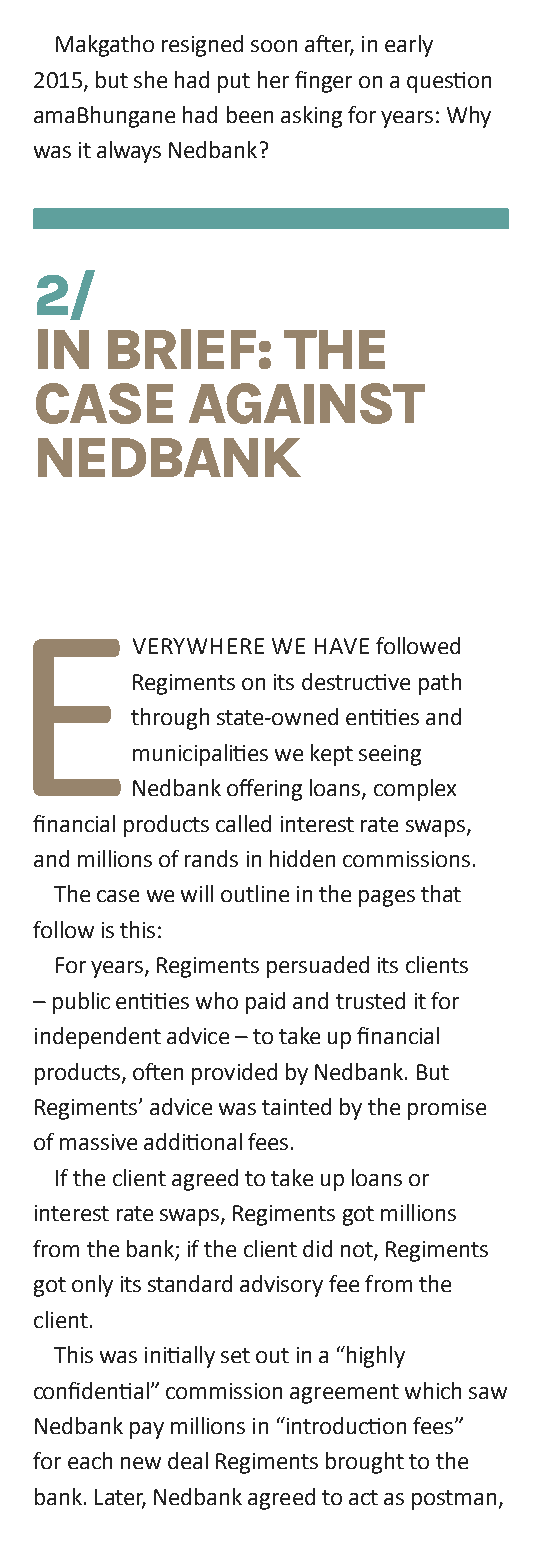
Makgatho resigned soon after, in early
 2015, but she had put her finger on a question
 amaBhungane had been asking for years: Why
 was it always Nedbank?
 2/
 in   brief:      The
 caSe       againST
 nedbank
 e
 veRYWheRe We hAve followed
 Regiments on its destructive path
 through state-owned entities and
 municipalities we kept seeing
 Nedbank offering loans, complex
 financial products called interest rate swaps,
 and millions of rands in hidden commissions.
 The case we will outline in the pages that
 follow is this:
 For years, Regiments persuaded its clients
 – public entities who paid and trusted it for
 independent advice – to take up financial
 products, often provided by Nedbank. But
 Regiments’ advice was tainted by the promise
 of massive additional fees.
 If the client agreed to take up loans or
 interest rate swaps, Regiments got millions
 from the bank; if the client did not, Regiments
 got only its standard advisory fee from the
 client.
 This was initially set out in a “highly
 confidential” commission agreement which saw
 Nedbank pay millions in “introduction fees”
 for each new deal Regiments brought to the
 bank. Later, Nedbank agreed to act as postman,